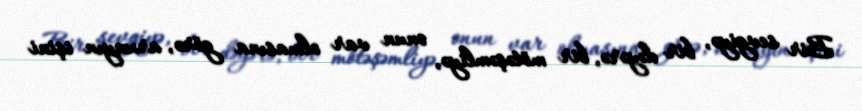
Bir sevgiyə, bir dəyərə, bir mötəşəmliyə, onun var olmasına görə, arxayın işini